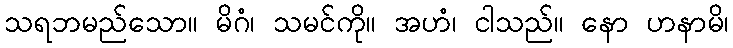
သရဘမည်သော။ မိဂံ၊ သမင်ကို။ အဟံ၊ ငါသည်။ နော ဟနာမိ၊